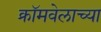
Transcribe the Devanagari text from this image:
क्रॉमवेलाच्या